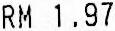
RM 1.97